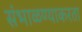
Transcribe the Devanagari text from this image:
संभाळण्याकरता